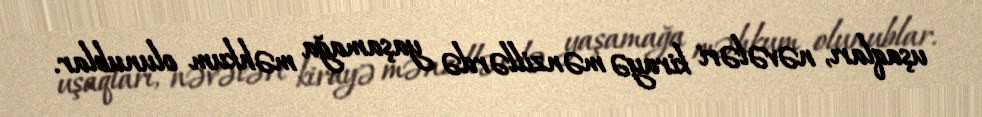
uşaqları, nəvələri kirayə mənzillərdə yaşamağa məhkum olunublar.